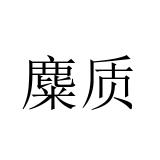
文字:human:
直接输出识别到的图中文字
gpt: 麋质